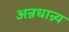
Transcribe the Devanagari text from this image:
अन्नधान्न्य